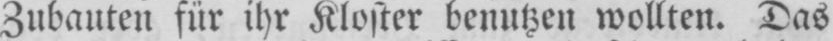
Zubauten für ihr Kloster benutzen wollten. Das